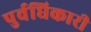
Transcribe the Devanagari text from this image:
पुर्वधिकारी